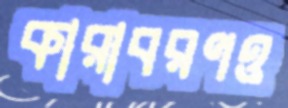
কারাবরণও